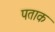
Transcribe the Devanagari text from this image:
पताक